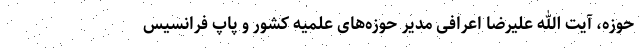
حوزه، آیت الله علیرضا اعرافی مدیر حوزه‌های علمیه کشور و پاپ فرانسیس